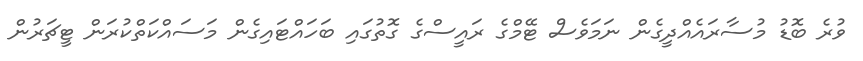
ވުރެ ބޮޑު މުސާރައެއްދީގެން ނަމަވެސް ޓޭމްގެ ރައީސްގެ ގޮތުގައި ބަހައްޓައިގެން މަސައްކަތްކުރަން ޓީޗަރުން